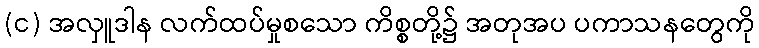
(င) အလှူဒါန လက်ထပ်မှုစသော ကိစ္စတို့၌ အတုအပ ပကာသနတွေကို